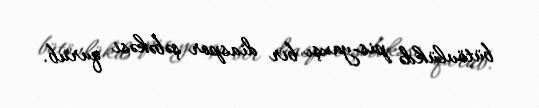
bütövlükdə pis-yaxşı bir diaspor şəbəkəsi qurub.